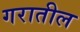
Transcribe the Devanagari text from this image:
गरातील